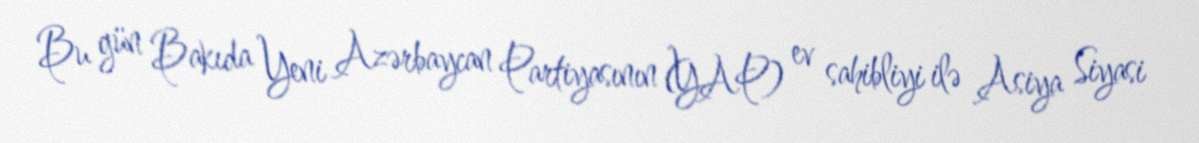
Bu gün Bakıda Yeni Azərbaycan Partiyasının (YAP) ev sahibliyi ilə Asiya Siyasi